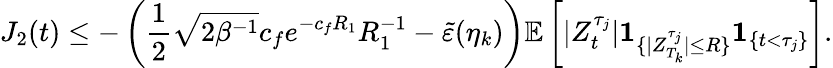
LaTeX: J_{2}(t)\leq-\left(\frac{1}{2}\sqrt{2\beta^{-1}}c_{f}e^{-c_{f}R_{1}}R_{1}^{-1}-\tilde{\varepsilon}(\eta_{k})\right)\mathbb{E}\left[|Z_{t}^{\tau_{j}}|\textbf{1}_{\{ |Z_{T_{k}}^{\tau_{j}}|\leq R\} }\textbf{1}_{\{ t<\tau_{j}\} }\right].